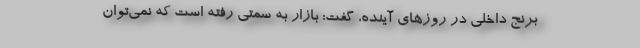
برنج داخلی در روزهای آینده، گفت: بازار به سمتی رفته است که نمی‌توان